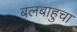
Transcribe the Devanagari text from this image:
बलबाहुचा